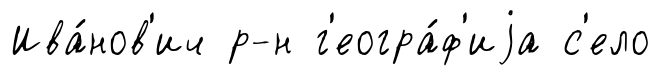
Ива́нов'ич р-н г'еогра́ф'иjа с'ело